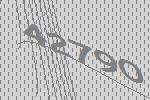
42790